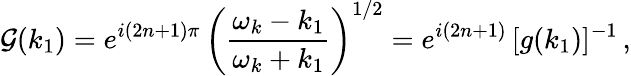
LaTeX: {\cal G}(k_{1})=e^{i(2n+1)\pi}\, \left(\frac{\omega_{k}-k_{1}}{\omega_{k}+k_{1}}\right)^{1/2}=e^{i(2n+1)}\, [g(k_{1})]^{-1}\, ,